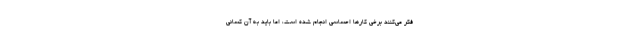
فکر می‌کنند برخی کارها احساسی انجام شده است، اما باید به آن کسانی